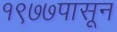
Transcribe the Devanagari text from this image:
१९७७पासून